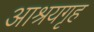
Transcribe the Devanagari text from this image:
आश्रयगृह